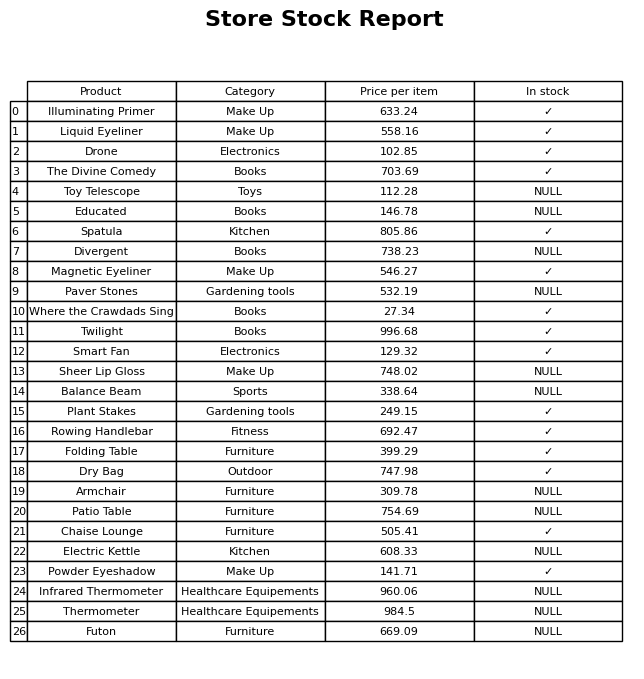
question: What is the price for Rowing Handlebar?
answer: The price of Rowing Handlebar is 692.47.